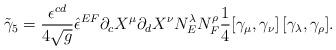
LaTeX: \begin{align*}{\tilde \gamma_5} = {\epsilon^{c d} \over 4 \sqrt{g}} {\hat \epsilon^{E F}} \partial_c X^\mu \partial_d X^\nu N^\lambda_E N^\rho_F \frac 14 [\gamma_\mu, \gamma_\nu] \, [\gamma_\lambda, \gamma_\rho].\end{align*}